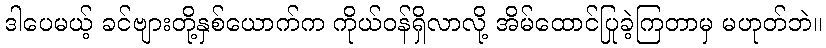
ဒါပေမယ့် ခင်ဗျားတို့နှစ်ယောက်က ကိုယ်ဝန်ရှိလာလို့ အိမ်ထောင်ပြုခဲ့ကြတာမှ မဟုတ်ဘဲ။